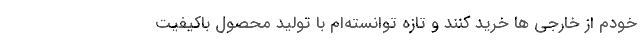
خودم از خارجی ها خرید کنند و تازه توانسته‌ام با تولید محصول باکیفیت